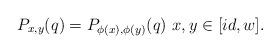
LaTeX: \begin{align*}P_{x,y}(q)= P_{\phi(x),\phi(y)}(q)\ x,y\in [id,w].\end{align*}